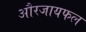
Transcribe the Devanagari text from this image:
औरजायफल